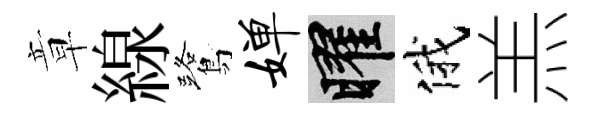
章線鷺婵曜俄羔